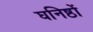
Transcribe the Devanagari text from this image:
घनिष्ठों